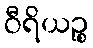
ဝီရိယဉ္စ